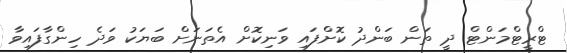
ޓްރީޓްމަންޓް ދީ ތަން ބަންދު ކޮށްފައި ވަނިކޮށް އެތަނަށް ބަޔަކު ވަދެ ހިންގާފައިވާ